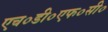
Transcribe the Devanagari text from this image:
एच०डी०एफ०सी०